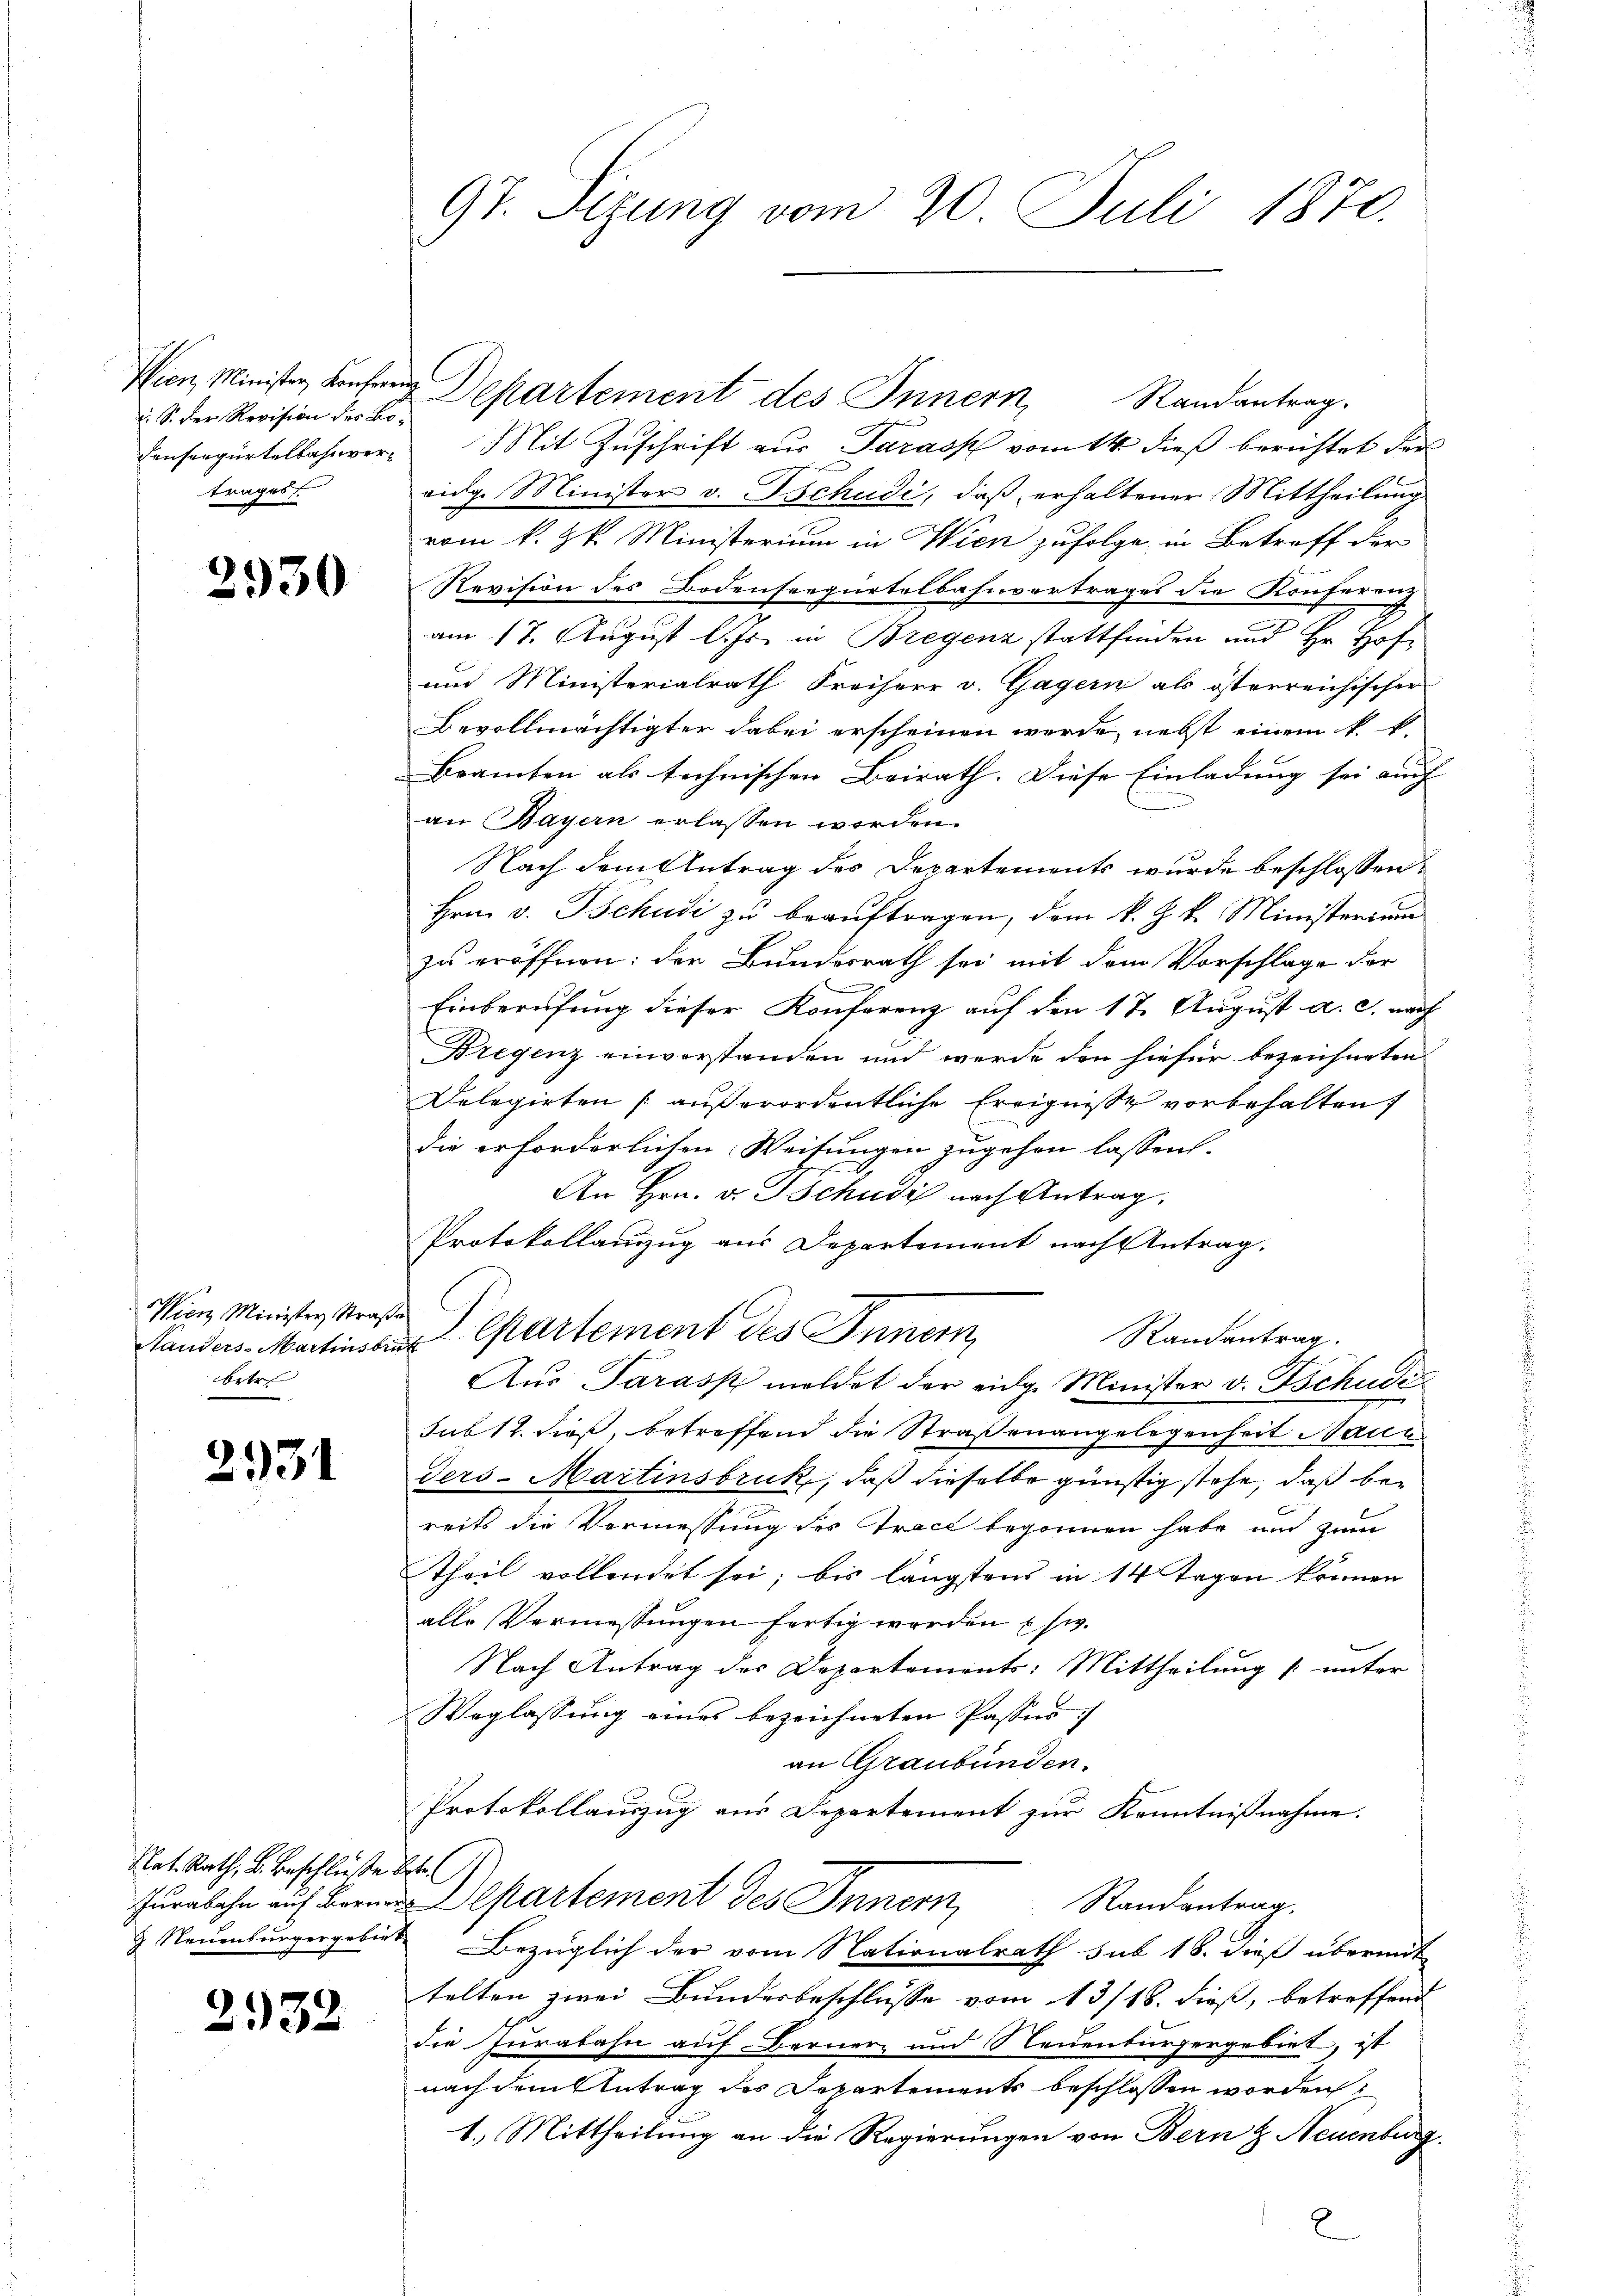
: S. Der Revision des Bofenseegürtelbahnvertrages

2930

Wien Ministey Straße
Handers Martinsbe
betre

2931

Nat. Rath, B. Beschluße d
Jurabahn auf Berner
 Neuenburgergebiet

2932

9t. Sizung vom 20. Juli 1870.

Wien, Minister Konfer Departement des Innern, Randantrag.
Mit Zuschrift aus Tarass vom 14. dieß berichtet der
eidg. Minister v. Tschudi, daß erhaltener Mittheilung
vom k. k. Ministerium in Wien zufolge, in Betroff der
Revision des Bodenseegürtelbahnvertrages die Käuferung
am 17. August l. Js. in Bregenz stattfinden und Hr. Hof¬
und Ministerialrath Freiherr v. Gagern als österreichischer
Bevollmächtigter dabei erscheinen werde, nebst einem k. k.
Bramten als technischen Beirath. Diese Einladung sei auch
an Bayern erlassen worden.
Nach dem Antrag des Departements wurde beschlossen
Hrn. v. Tschudi zu beauftragen, dem k. k. k. Ministerium
zu eröffnen: der Bundesrath sei mit dem Vorschlage der
Einberufung dieser Konferenz auf den 17. August a. c. nach
Bregenz einvorstanden und werde den hiefür bezeichneten
Delegirten /: außerordentliche Ereignisse vorbehalten
die erforderlichen Weisungen zugehen lassen.
An Hrn. v. Tschudi nach Antrag.
Protokollauszug aus Departement nach Antrag.
Departement des Innern,
Randantrag.
Aus Tarasp meldet der eidg. Minister v. Tschudis
sub 12. dieß, betreffend die Straßenangelegenheit Naue
Ters-Martinsbruk, daß dieselbe günstig stehe, daß bereits die Vermessung des Tract begonnen habe und zum
Theil vollendet sei; bis längstens in 14 Tagen können
alle Vermessungen fertig worden usw.
Nach Antrag des Departements: Mittheilung unter
Weglassung eines bezeichneten Passus:
an Graubünden.
Protokollauszug aus Departement zur Kenntnißnahme.
be
Departement des Innern, Randantrag.
Bezüglich der vom Nationalrath sub 18. dieß übermit
telten zwei Bundesbeschlusse vom 13/18. dieß, betreffend
die Jurabahn auf Berner und Neuenburgergebiet, ist
nach dem Antrag des Departements beschlossen worden
1.) Mittheilung an die Regierungen von Bern & Neuenburg.
2